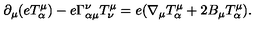
\partial _ { \mu } ( e T ^ { \mu } _ { \alpha } ) - e \Gamma _ { \alpha \mu } ^ { \nu } T ^ { \mu } _ { \nu } = e ( \nabla _ { \mu } T ^ { \mu } _ { \alpha } + 2 B _ { \mu } T ^ { \mu } _ { \alpha } ) .